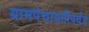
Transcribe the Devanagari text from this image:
ग्रामपंचायतींपर्यंत